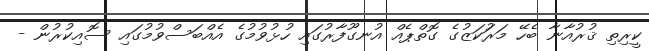
ކީރިތި ޤުރުއާނާ ބެހޭ މަރުަކަޒުގެ ގޮތްޕެއް އުނގޫފާރުގައި ހުޅުވުމުގެ އެއްބަސްވުމުގައި ސޮއިކުރުން -